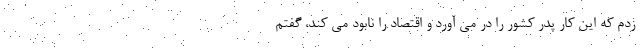
زدم که این کار پدر کشور را در می آورد و اقتصاد را نابود می کند، گفتم